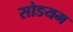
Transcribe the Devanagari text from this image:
सोडयम